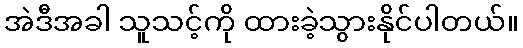
အဲဒီအခါ သူသင့်ကို ထားခဲ့သွားနိုင်ပါတယ်။